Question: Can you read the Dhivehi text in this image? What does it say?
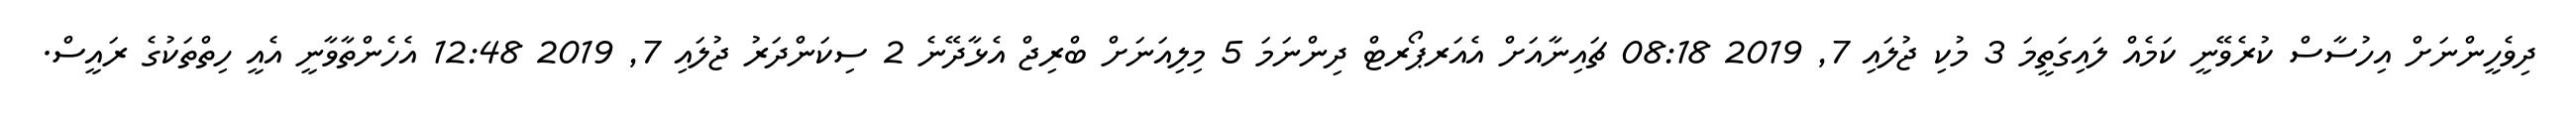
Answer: ދިވެހީންނަށް އިހުސާސް ކުރެވޭނީ ކަމެއް ލައިގަތީމަ 3 މުކި ޖުލައި 7, 2019 08:18 ޗައިނާއަށް އެއަރޕޯރޓް ދިންނަމަ 5 މިލިއަނަށް ބްރިޖް އެޅާދޭނެ 2 ސިކަންދަރު ޖުލައި 7, 2019 12:48 އެހެންތާވާނީ އެއީ ހިތްތަކުގެ ރައީސް.